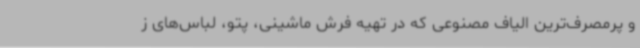
و پرمصرف‌ترین الیاف مصنوعی که در تهیه فرش ماشینی، پتو، لباس‌های ز